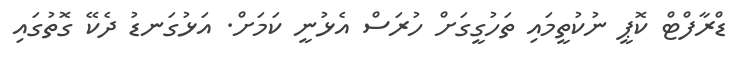
ޑްރާފްޓް ކޮޕީ ނުކުތީމައި ތަހުގީގަށް ހުރަސް އެޅުނީ ކަމަށް. އަޅުގަނޑު ދެކޭ ގޮތުގައި